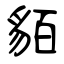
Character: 貊